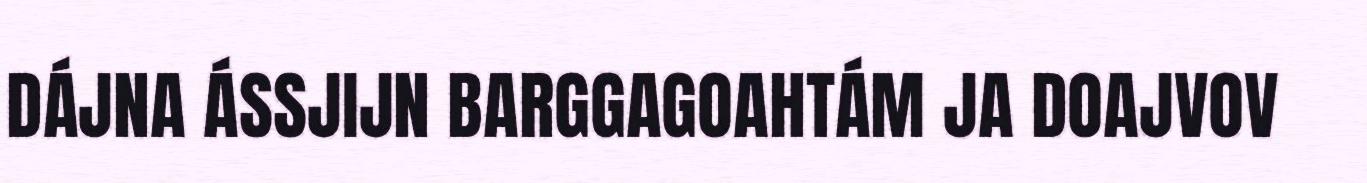
DÁJNA ÁSSJIJN BARGGAGOAHTÁM JA DOAJVOV